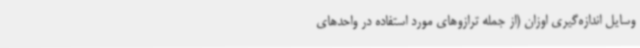
وسایل اندازه‌گیری اوزان (از جمله ترازوهای مورد استفاده در واحدهای